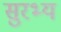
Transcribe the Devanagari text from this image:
सुरभ्य